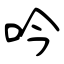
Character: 吟